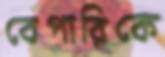
বেপারিকে